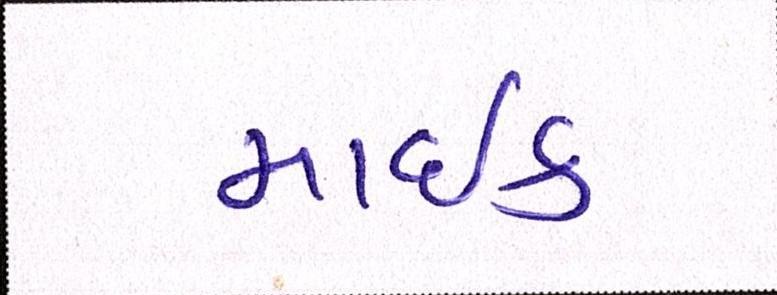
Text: માઇક